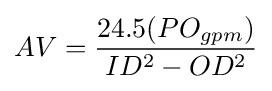
AV={\frac {24.5(PO_{gpm})}{ID^{2}-OD^{2}}}